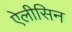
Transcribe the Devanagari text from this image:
ऐलीसिन